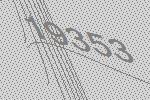
19353